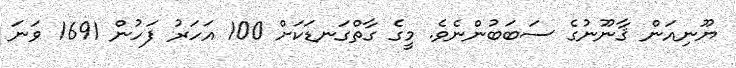
ޔޫނިއަން ޤާނޫނުގެ ސަބަބުންނެވެ. މީގެ ގާތްގަނޑަކަށް 100 އަހަރު ފަހުން 1691 ވަނަ